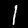
Label: 1